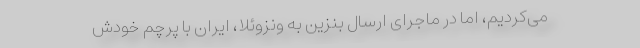
می‌کردیم، اما در ماجرای ارسال بنزین به ونزوئلا، ایران با پرچم خودش